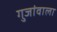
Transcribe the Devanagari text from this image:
गुजांवाला